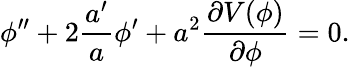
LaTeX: \phi^{\prime\prime}+2{\frac{a^{\prime}}{a}}\phi^{\prime}+a^{2}{\frac{\partial V(\phi)}{\partial\phi}}=0.